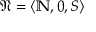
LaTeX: { \mathfrak { N } } = \langle \mathbb { N } , 0 , S \rangle